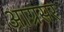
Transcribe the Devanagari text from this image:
आग्रसर